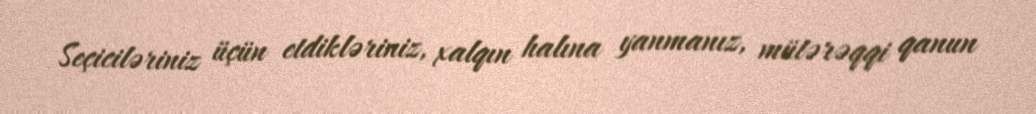
Seçiciləriniz üçün etdikləriniz, xalqın halına yanmanız, mütərəqqi qanun